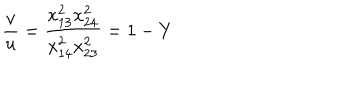
\frac { v } { u } = \frac { x _ { 1 3 } ^ { 2 } x _ { 2 4 } ^ { 2 } } { x _ { 1 4 } ^ { 2 } x _ { 2 3 } ^ { 2 } } = 1 - Y